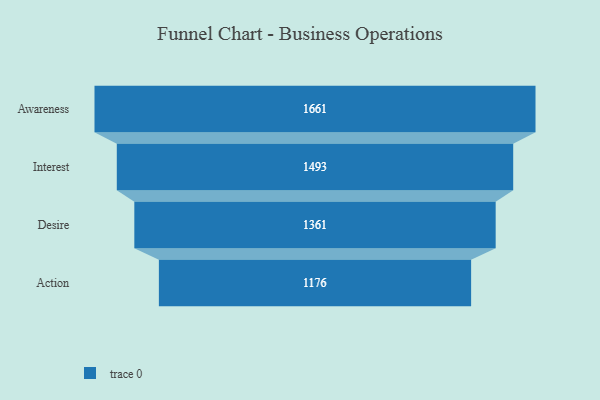
{"axis": {"x": "Stage", "y": "Value"}, "legend": [""], "data": [{"x": "Awareness", "y": 1661.0, "type": ""}, {"x": "Interest", "y": 1493.0, "type": ""}, {"x": "Desire", "y": 1361.0, "type": ""}, {"x": "Action", "y": 1176.0, "type": ""}]}